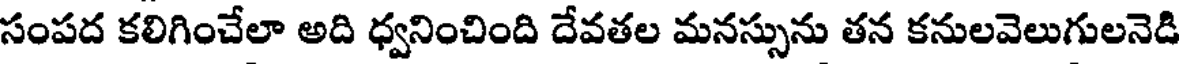
సంపద కలిగించేలా అది ధ్వనించింది దేవతల మనస్సును తన కనులవెలుగులనెడి